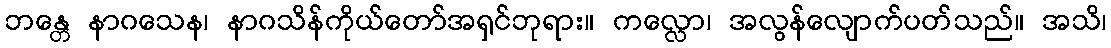
ဘန္တေ နာဂသေန၊ နာဂသိန်ကိုယ်တော်အရှင်ဘုရား။ ကလ္လော၊ အလွန်လျောက်ပတ်သည်။ အသိ၊